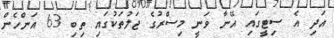
އަދި އެ ސިޓީގައި އޭނާ ވަނީ މިސްރުގެ ޖަލުތަކުގައި ތިބި 63 އަންހެން